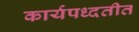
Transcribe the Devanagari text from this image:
कार्यपध्दतीत